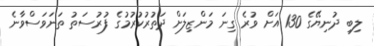
ލިބި ދުނިޔޭގެ 130 އަށް ވުރެ ގިނަ މަންޒިލަށް ދަތުރުކުރުމުގެ ފުރުސަތު ތަނަވަސްވާނެ